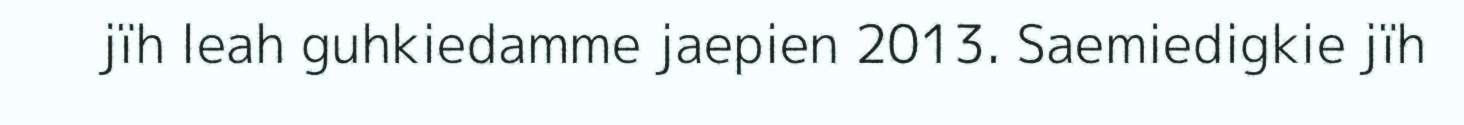
jïh leah guhkiedamme jaepien 2013. Saemiedigkie jïh